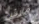
مارش